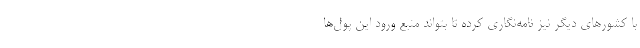
با کشورهای دیگر نیز نامه‌نگاری کرده تا بتواند منبع ورود این پول‌ها